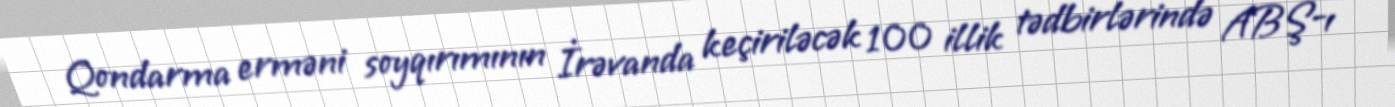
Qondarma erməni soyqırımının İrəvanda keçiriləcək 100 illik tədbirlərində ABŞ-ı